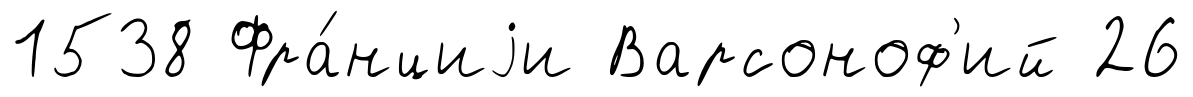
1538 Фра́нциjи Варсоноф'ий 26